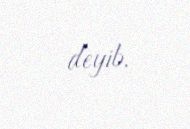
deyib.